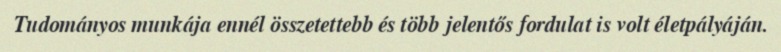
Tudományos munkája ennél összetettebb és több jelentős fordulat is volt életpályáján.